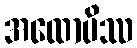
အထောပိဿ